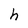
Character: h